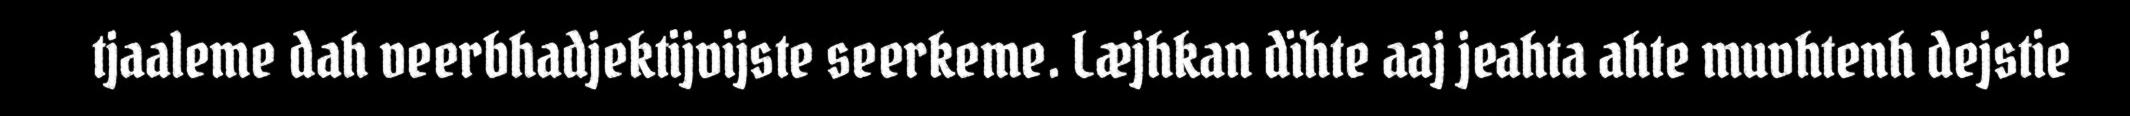
tjaaleme dah veerbhadjektijvijste seerkeme. Læjhkan dïhte aaj jeahta ahte muvhtenh dejstie